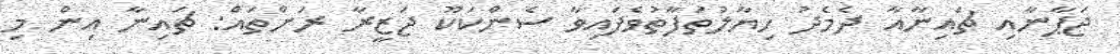
ޖަޕާނާއި ޗައިނާއާ ދެމެދު ހިޔާލުތަފާތުވެފައިވާ ސެންކަކޫ ޖަޒީރާ ރަށްތައް: ޗައިނާ އިން މި